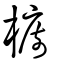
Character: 橱